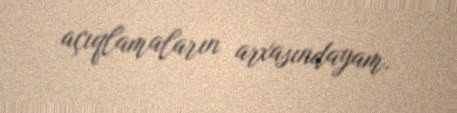
açıqlamaların arxasındayam.